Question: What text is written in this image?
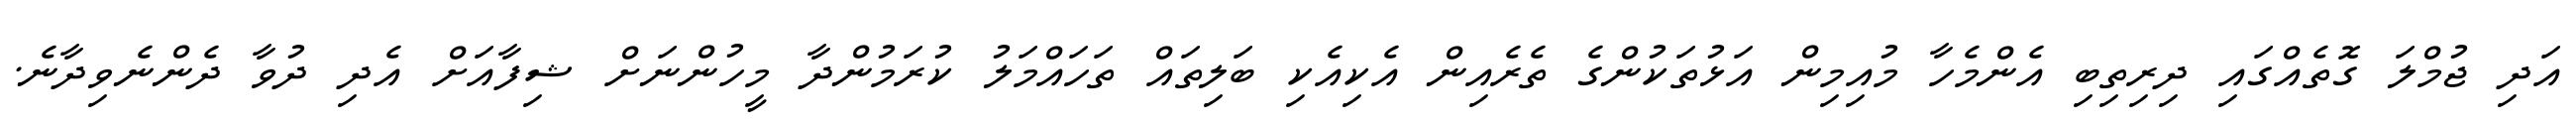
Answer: އަދި ޖުމްލަ ގޮތެއްގައި ދިރިތިބި އެންމެހާ މުއިމިން އަޅުތަކުންގެ ތެރެއިން އެކިއެކި ބަލިތައް ތަހައްމަލު ކުރަމުންދާ މީހުންނަށް ޝިފާއަށް އެދި ދުވާ ދެންނެވިދާނެ.